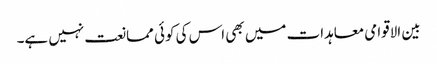
بین الاقوامی معاہدات میں بھی اس کی کوئی ممانعت نہیں ہے۔